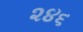
૨૪૬